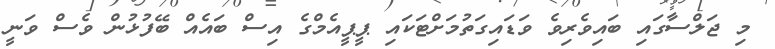
މި ޖަލްސާގައި ބައިވެރިވެ ވަޑައިގަތުމަށްޓަކައި ޕީޕީއެމްގެ އިސް ބައެއް ބޭފުޅުން ވެސް ވަނީ